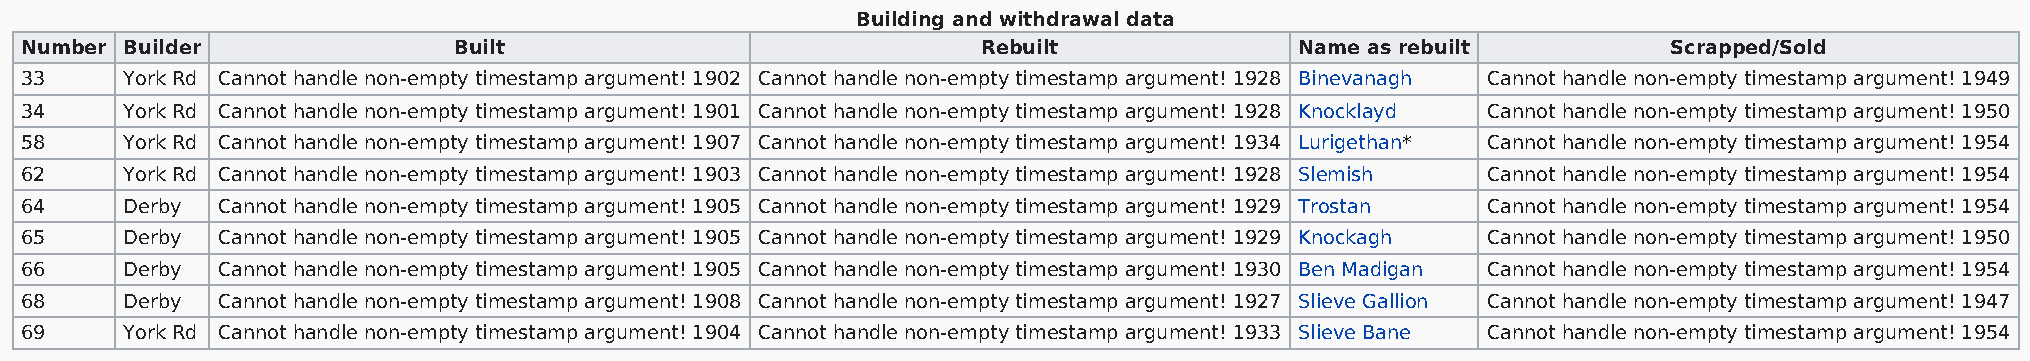
Building and withdrawal data
 Number Builder               Built                              Rebuilt              Name as rebuilt          Scrapped/Sold
 33     York Rd Cannot handle non-empty timestamp argument! 1902 Cannot handle non-empty timestamp argument! 1928 Binevanagh Cannot handle non-empty timestamp argument! 1949
 34     York Rd Cannot handle non-empty timestamp argument! 1901 Cannot handle non-empty timestamp argument! 1928 Knocklayd Cannot handle non-empty timestamp argument! 1950
 58     York Rd Cannot handle non-empty timestamp argument! 1907 Cannot handle non-empty timestamp argument! 1934 Lurigethan* Cannot handle non-empty timestamp argument! 1954
 62     York Rd Cannot handle non-empty timestamp argument! 1903 Cannot handle non-empty timestamp argument! 1928 Slemish Cannot handle non-empty timestamp argument! 1954
 64     Derby Cannot handle non-empty timestamp argument! 1905 Cannot handle non-empty timestamp argument! 1929 Trostan Cannot handle non-empty timestamp argument! 1954
 65     Derby Cannot handle non-empty timestamp argument! 1905 Cannot handle non-empty timestamp argument! 1929 Knockagh Cannot handle non-empty timestamp argument! 1950
 66     Derby Cannot handle non-empty timestamp argument! 1905 Cannot handle non-empty timestamp argument! 1930 Ben Madigan Cannot handle non-empty timestamp argument! 1954
 68     Derby Cannot handle non-empty timestamp argument! 1908 Cannot handle non-empty timestamp argument! 1927 Slieve Gallion Cannot handle non-empty timestamp argument! 1947
 69     York Rd Cannot handle non-empty timestamp argument! 1904 Cannot handle non-empty timestamp argument! 1933 Slieve Bane Cannot handle non-empty timestamp argument! 1954